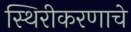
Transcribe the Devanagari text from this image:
स्थिरीकरणाचे